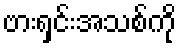
ဗားရှင်းအသစ်ကို